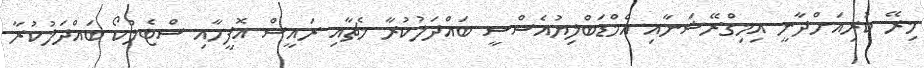
މިރޭ ކުރިއަށްދާނީ އިމިގްރޭޝަނާއި އެމްޑަބްލިޔުއެސްސީ ބައްދަލުކުރާ މެޗާއި ރައީސް އޮފީހާއި ސްޓެލްކޯ ބައްދަލުކުރާ